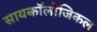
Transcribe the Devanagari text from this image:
सायकॉलोजिकल